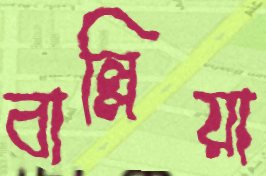
বাল্লিয়া